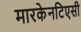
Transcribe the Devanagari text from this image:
मारकेनटिएसी